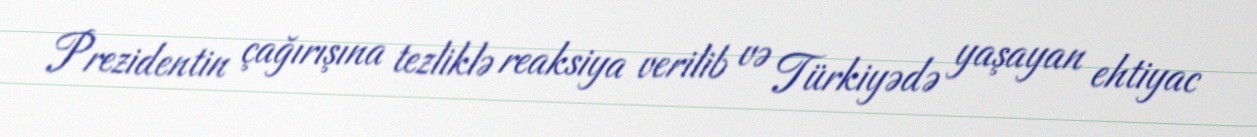
Prezidentin çağırışına tezliklə reaksiya verilib və Türkiyədə yaşayan ehtiyac